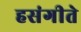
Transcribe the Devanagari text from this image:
हसंगीते